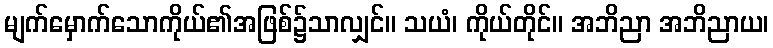
မျက်မှောက်သောကိုယ်၏အဖြစ်၌သာလျှင်။ သယံ၊ ကိုယ်တိုင်။ အဘိညာ အဘိညာယ၊